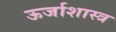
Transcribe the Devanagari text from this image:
ऊर्जाशास्त्र